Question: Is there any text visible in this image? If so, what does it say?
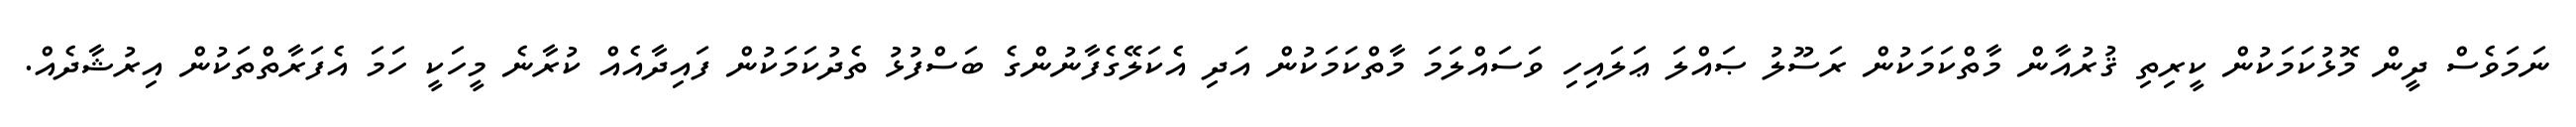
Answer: ނަމަވެސް ދީން މޮޅުކަމަކުން ކީރިތި ޤުރުއާން މާތްކަމަކުން ރަސޫލު ޞައްލަ ޢަލައިހި ވަސައްލަމަ މާތްކަމަކުން އަދި އެކަލޭގެފާނުންގެ ބަސްފުޅު ތެދުކަމަކުން ފައިދާއެއް ކުރާނެ މީހަކީ ހަމަ އެފަރާތްތަކުން އިރުޝާދެއް.